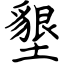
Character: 墾